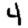
Digit: 4